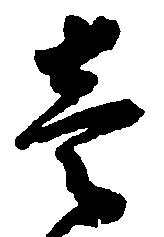
壱